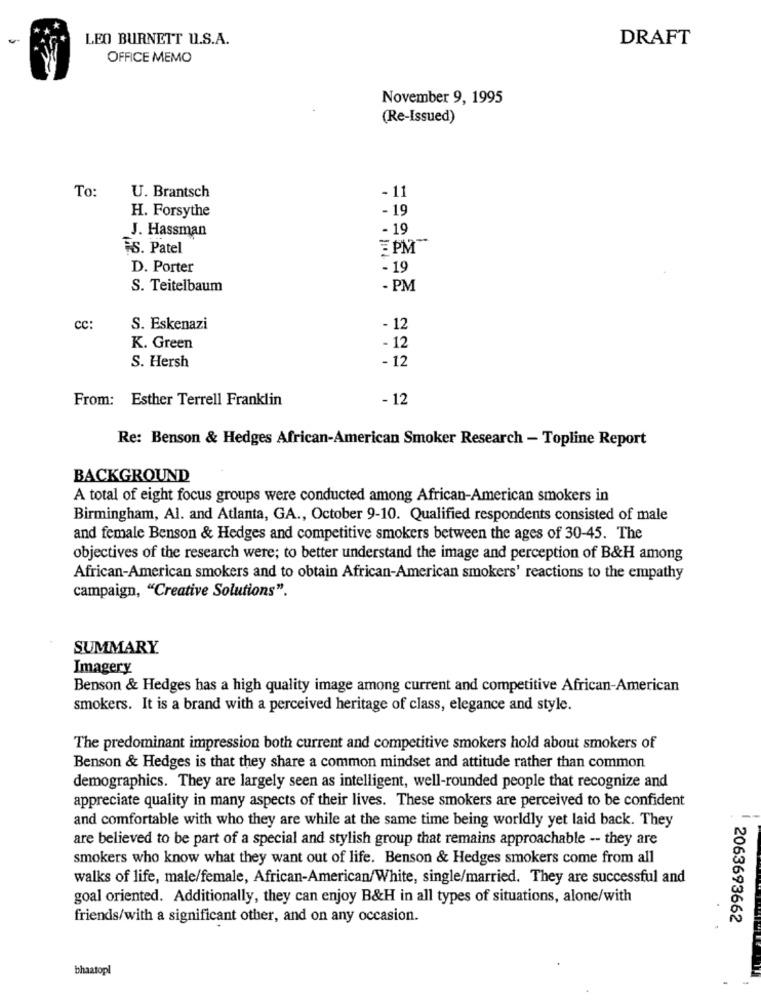
LEO BURNETT U.S.A.
DRAFT
OFFICE MEMO
November 9, 1995
(Re-Issued)
-11
To:
U. Brantsch
H. Forsythe
- 19
J. Hassman
- 19
2-
FS. Patel
FPM"
D. Porter
- 19
S. Teitelbaum
- PM
cc:
S. Eskenazi
- 12
- 12
K. Green
S. Hersh
- 12
From: Esther Terrell Franklin
- 12
Re: Benson & Hedges African-American Smoker Research - Topline Report
BACKGROUND
A total of eight focus groups were conducted among African-American smokers in
Birmingham, Al. and Atlanta, GA ., October 9-10. Qualified respondents consisted of male
and female Benson & Hedges and competitive smokers between the ages of 30-45. The
objectives of the research were; to better understand the image and perception of B&H among
African-American smokers and to obtain African-American smokers' reactions to the empathy
campaign, "Creative Solutions"
SUMMARY.
Imagery
Benson & Hedges has a high quality image among current and competitive African-American
smokers. It is a brand with a perceived heritage of class, elegance and style.
The predominant impression both current and competitive smokers hold about smokers of
Benson & Hedges is that they share a common mindset and attitude rather than common
demographics. They are largely seen as intelligent, well-rounded people that recognize and
appreciate quality in many aspects of their lives. These smokers are perceived to be confident
and comfortable with who they are while at the same time being worldly yet laid back. They
are believed to be part of a special and stylish group that remains approachable -- they are
smokers who know what they want out of life. Benson & Hedges smokers come from all
walks of life, male/female, African-American/White, single/married. They are successful and
goal oriented. Additionally, they can enjoy B&H in all types of situations, alone/with
friends/with a significant other, and on any occasion.
2063693662
bhaatopl